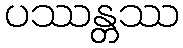
ပဿန္တဿ